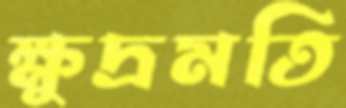
ক্ষুদ্রমতি